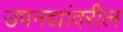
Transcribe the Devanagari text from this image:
उपनद्यांवरील